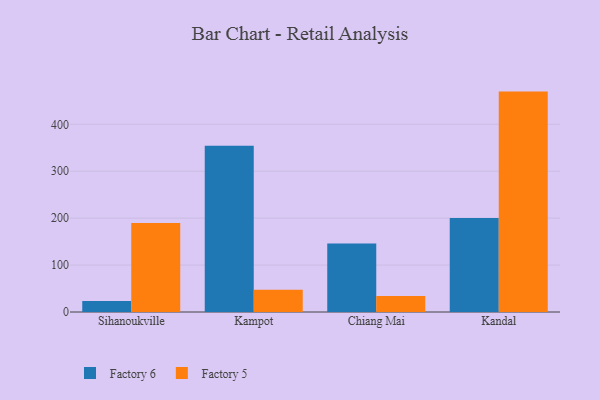
{"axis": {"x": "City", "y": "Gross Profit (USD K)"}, "legend": ["Factory 5", "Factory 6"], "data": [{"x": "Sihanoukville", "y": 23.2, "type": "Factory 6"}, {"x": "Sihanoukville", "y": 189.7, "type": "Factory 5"}, {"x": "Kampot", "y": 354.2, "type": "Factory 6"}, {"x": "Kampot", "y": 47.3, "type": "Factory 5"}, {"x": "Chiang Mai", "y": 146.2, "type": "Factory 6"}, {"x": "Chiang Mai", "y": 34.2, "type": "Factory 5"}, {"x": "Kandal", "y": 200.4, "type": "Factory 6"}, {"x": "Kandal", "y": 469.7, "type": "Factory 5"}]}